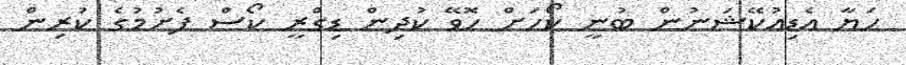
ހަޔާ އެޑިއުކޭޝަނުން ބުނީ ކޯހަށް ހޮވޭ ކުދިން ޑިގްރީ ކޯސް ފެށުމުގެ ކުރިން